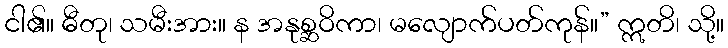
ငါ၏။ ဓီတု၊ သမီးအား။ န အနုစ္ဆဝိကာ၊ မလျောက်ပတ်ကုန်။” ဣတိ၊ သို့။